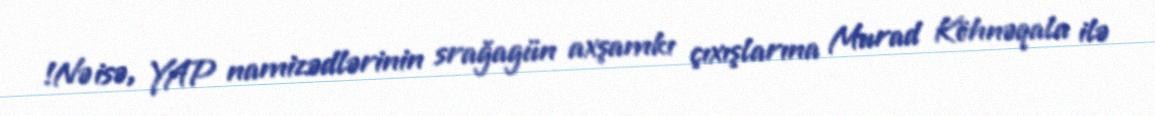
!Nə isə, YAP namizədlərinin srağagün axşamkı çıxışlarına Murad Köhnəqala ilə